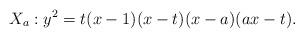
LaTeX: \begin{align*}X_a:y^2=t(x-1)(x-t)(x-a)(ax-t).\end{align*}